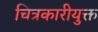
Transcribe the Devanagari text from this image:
चित्रकारीयुक्त